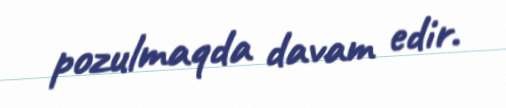
pozulmaqda davam edir.